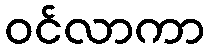
ဝင်လာကာ